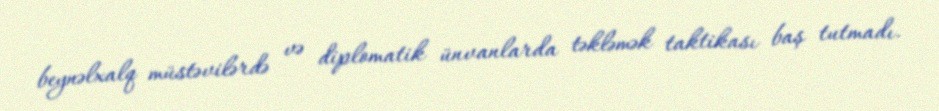
beynəlxalq müstəvilərdə və diplomatik ünvanlarda təkləmək taktikası baş tutmadı.